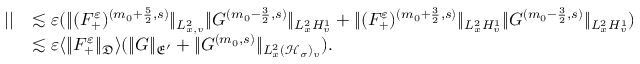
\begin{array} { r l } { | | } & { \lesssim \varepsilon ( \| ( F _ { + } ^ { \varepsilon } ) ^ { ( m _ { 0 } + \frac { 5 } { 2 } , s ) } \| _ { L _ { x , v } ^ { 2 } } \| G ^ { ( m _ { 0 } - \frac { 3 } { 2 } , s ) } \| _ { L _ { x } ^ { 2 } H _ { v } ^ { 1 } } + \| ( F _ { + } ^ { \varepsilon } ) ^ { ( m _ { 0 } + \frac { 3 } { 2 } , s ) } \| _ { L _ { x } ^ { 2 } H _ { v } ^ { 1 } } \| G ^ { ( m _ { 0 } - \frac { 3 } { 2 } , s ) } \| _ { L _ { x } ^ { 2 } H _ { v } ^ { 1 } } ) } \\ & { \lesssim \varepsilon \langle \| F _ { + } ^ { \varepsilon } \| _ { \mathfrak D } \rangle ( \| G \| _ { \mathfrak E ^ { \prime } } + \| G ^ { ( m _ { 0 } , s ) } \| _ { L _ { x } ^ { 2 } ( \mathcal H _ { \sigma } ) _ { v } } ) . } \end{array}